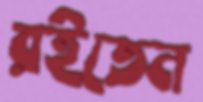
রইতেন